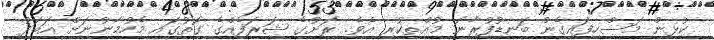
ކުޅިން މަސްހިފައިގެން ބަނޑުފުރާނަ މުއްތިކުރި އެވެ. ރަށުގެ ޝަރަފެއްގެ ގޮތުގައި މެހުމާނުނަށް އަބަދު